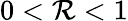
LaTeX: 0<\mathcal{R}<1